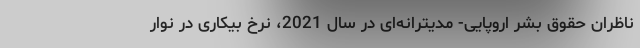
ناظران حقوق بشر اروپایی- مدیترانه‌ای در سال 2021، نرخ بیکاری در نوار